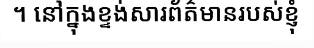
។ នៅក្នុងខ្ទង់សារព័ត៌មានរបស់ខ្ញុំ